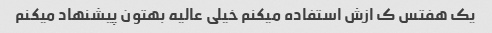
یک هفتس ک ازش استفاده میکنم خیلی عالیه بهتون پیشنهاد میکنم